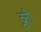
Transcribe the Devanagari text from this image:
व्रुत्ती